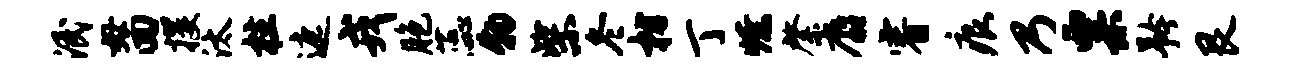
泯毋回攫汰柱遮戎胞蕊物柴冬枋丁燎綮麝睿痕乃粟矜艮